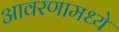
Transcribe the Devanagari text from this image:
आवरणामध्ये